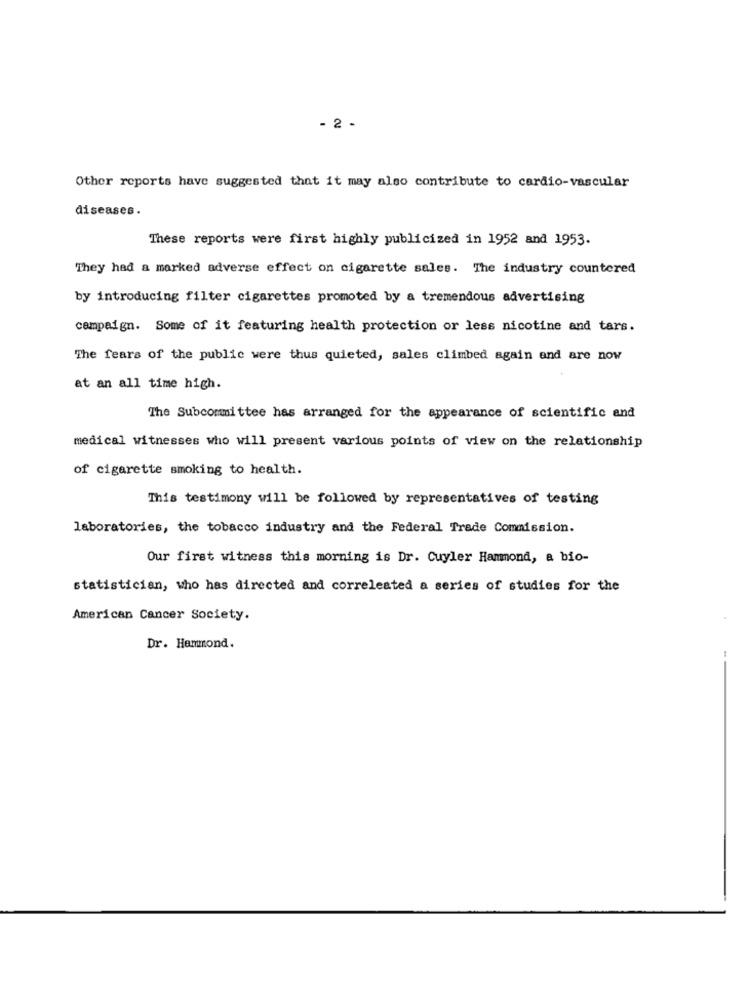
- 2 -
Other reports have suggested that it may also contribute to cardio-vascular
diseases.
These reports were first highly publicized in 1952 and 1953.
They had a marked adverse effect on cigarette sales. The industry countered
by introducing filter cigarettes promoted by a tremendous advertising
campaign. Some of it featuring health protection or less nicotine and tars.
The fears of the public were thus quieted, sales climbed again and are now
at an all time high.
The Subcommittee has arranged for the appearance of scientific and
medical witnesses who will present various points of view on the relationship
of cigarette smoking to health.
This testimony will be followed by representatives of testing
laboratories, the tobacco industry and the Federal Trade Commission.
Our first witness this morning is Dr. Cuyler Hammond, a bio-
statistician, who has directed and correleated a series of studies for the
American Cancer Society.
Dr. Hammond.